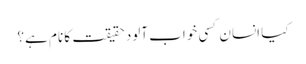
کیا انسان کسی خواب آلود حقیقت کا نام ہے؟